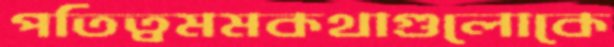
পতিত্বমমকথাগুলোকে